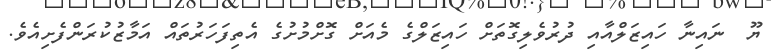
ޔޫ  ނައިނާ ހައިޒަލްއާއި ދުރުވެލިގޮތަށް ހައިޒަލްގެ މެއަށް ގޮށްމުށުގެ އެތިފަހަރުތައް އަމާޒުކުރަންފެށިއެވެ.